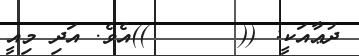
ދުޢާއަކީ: ((      ))އެވެ. އަދި މިއީ